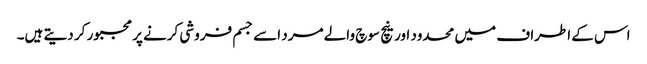
اس کے اطراف میں محدود اور نیچ سوچ والے مرد اسے جسم فروشی کرنے پر مجبور کر دیتے ہیں۔